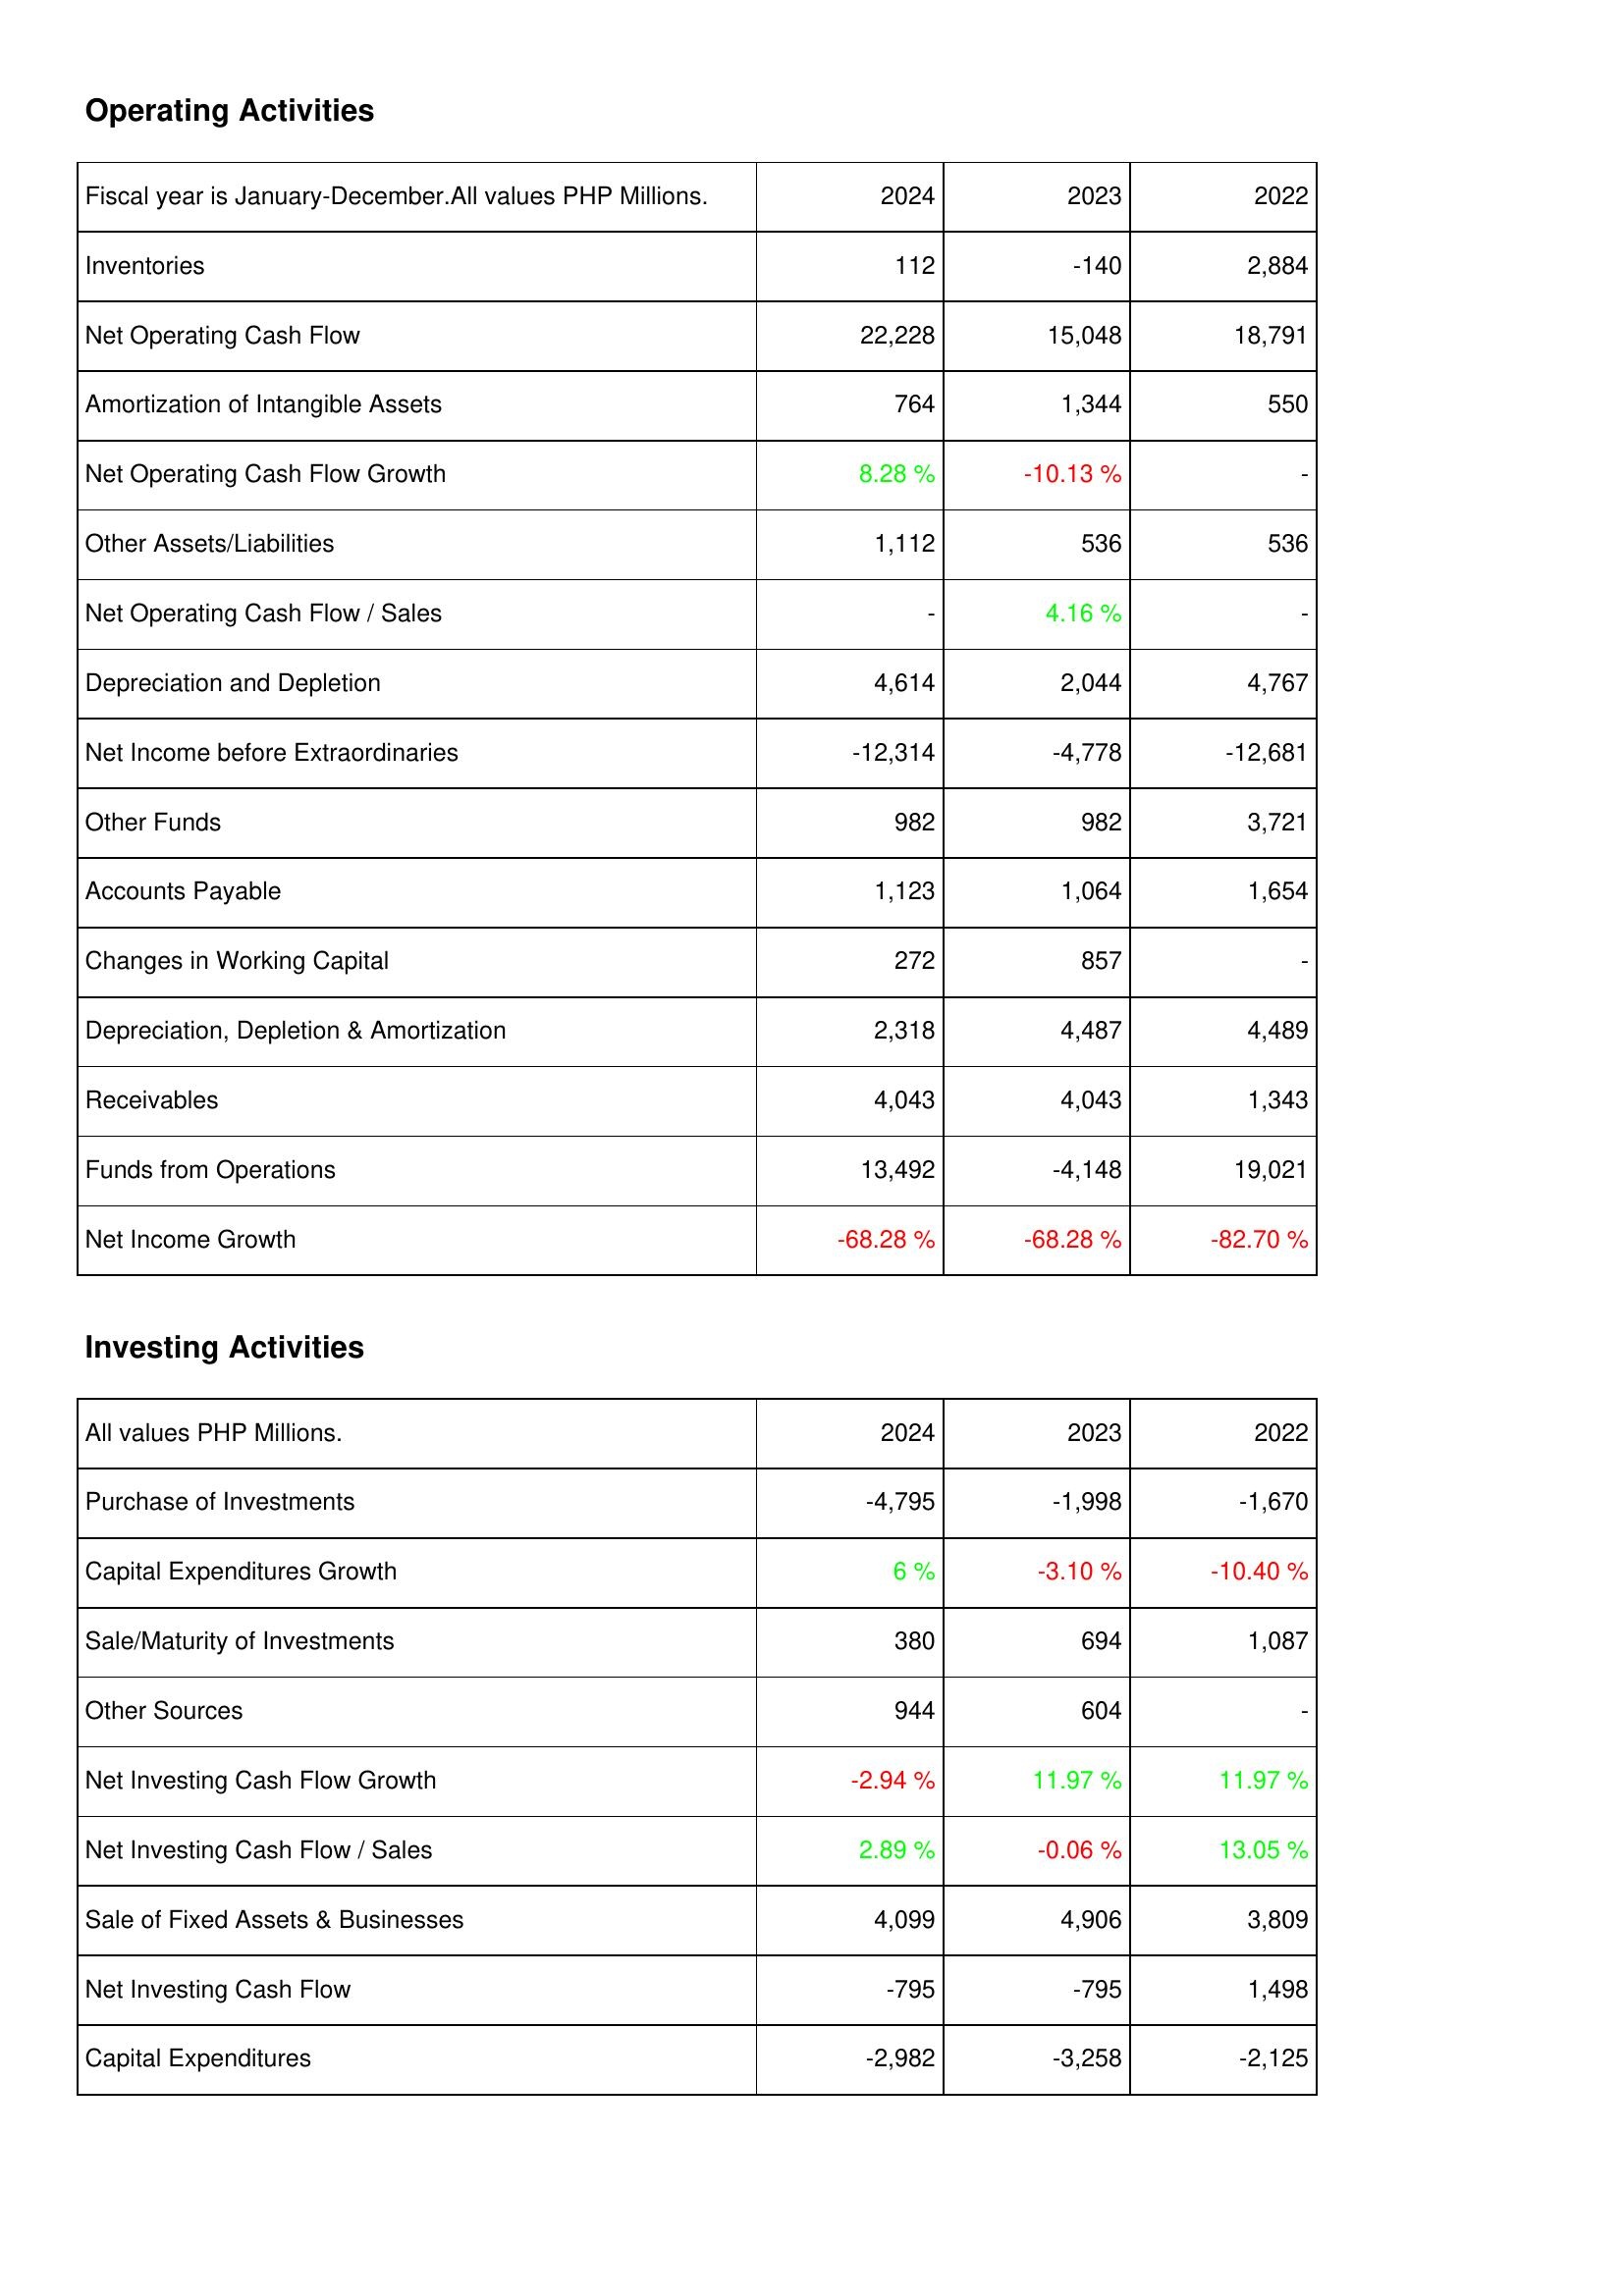
2024: Operating Activities: Inventories: 112
Net Operating Cash Flow: 22,228
Amortization of Intangible Assets: 764
Net Operating Cash Flow Growth: 8.28 %
Other Assets/Liabilities: 1,112
Net Operating Cash Flow / Sales: -
Depreciation and Depletion: 4,614
Net Income before Extraordinaries: -12,314
Other Funds: 982
Accounts Payable: 1,123
Changes in Working Capital: 272
Depreciation, Depletion & Amortization: 2,318
Receivables: 4,043
Funds from Operations: 13,492
Net Income Growth: -68.28 %
Investing Activities: Purchase of Investments: -4,795
Capital Expenditures Growth: 6 %
Sale/Maturity of Investments: 380
Other Sources: 944
Net Investing Cash Flow Growth: -2.94 %
Net Investing Cash Flow / Sales: 2.89 %
Sale of Fixed Assets & Businesses: 4,099
Net Investing Cash Flow: -795
Capital Expenditures: -2,982
2023: Operating Activities: Inventories: -140
Net Operating Cash Flow: 15,048
Amortization of Intangible Assets: 1,344
Net Operating Cash Flow Growth: -10.13 %
Other Assets/Liabilities: 536
Net Operating Cash Flow / Sales: 4.16 %
Depreciation and Depletion: 2,044
Net Income before Extraordinaries: -4,778
Other Funds: 982
Accounts Payable: 1,064
Changes in Working Capital: 857
Depreciation, Depletion & Amortization: 4,487
Receivables: 4,043
Funds from Operations: -4,148
Net Income Growth: -68.28 %
Investing Activities: Purchase of Investments: -1,998
Capital Expenditures Growth: -3.10 %
Sale/Maturity of Investments: 694
Other Sources: 604
Net Investing Cash Flow Growth: 11.97 %
Net Investing Cash Flow / Sales: -0.06 %
Sale of Fixed Assets & Businesses: 4,906
Net Investing Cash Flow: -795
Capital Expenditures: -3,258
2022: Operating Activities: Inventories: 2,884
Net Operating Cash Flow: 18,791
Amortization of Intangible Assets: 550
Net Operating Cash Flow Growth: -
Other Assets/Liabilities: 536
Net Operating Cash Flow / Sales: -
Depreciation and Depletion: 4,767
Net Income before Extraordinaries: -12,681
Other Funds: 3,721
Accounts Payable: 1,654
Changes in Working Capital: -
Depreciation, Depletion & Amortization: 4,489
Receivables: 1,343
Funds from Operations: 19,021
Net Income Growth: -82.70 %
Investing Activities: Purchase of Investments: -1,670
Capital Expenditures Growth: -10.40 %
Sale/Maturity of Investments: 1,087
Other Sources: -
Net Investing Cash Flow Growth: 11.97 %
Net Investing Cash Flow / Sales: 13.05 %
Sale of Fixed Assets & Businesses: 3,809
Net Investing Cash Flow: 1,498
Capital Expenditures: -2,125